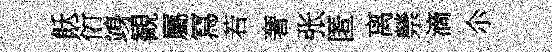
飫衍竧観屬冩若奢张匿离禜滴尒